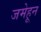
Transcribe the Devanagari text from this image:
जमेहून